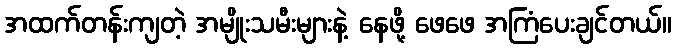
အထက်တန်းကျတဲ့ အမျိုးသမီးများနဲ့ နေဖို့ ဖေဖေ အကြံပေးချင်တယ်။